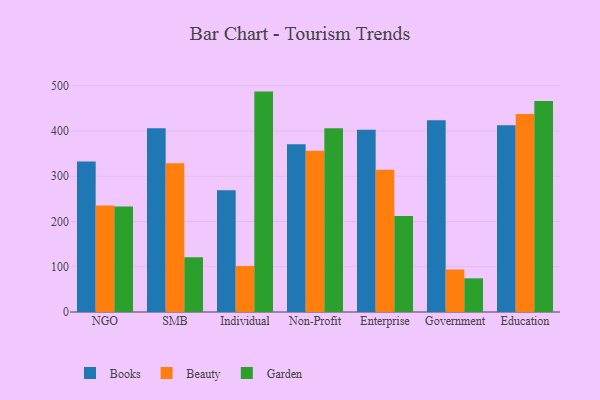
{"axis": {"x": "Segment", "y": "Bounce Rate (%)"}, "legend": ["Beauty", "Books", "Garden"], "data": [{"x": "NGO", "y": 332.8, "type": "Books"}, {"x": "NGO", "y": 235.5, "type": "Beauty"}, {"x": "NGO", "y": 233.4, "type": "Garden"}, {"x": "SMB", "y": 406.0, "type": "Books"}, {"x": "SMB", "y": 328.6, "type": "Beauty"}, {"x": "SMB", "y": 121.2, "type": "Garden"}, {"x": "Individual", "y": 269.0, "type": "Books"}, {"x": "Individual", "y": 101.7, "type": "Beauty"}, {"x": "Individual", "y": 487.1, "type": "Garden"}, {"x": "Non-Profit", "y": 370.9, "type": "Books"}, {"x": "Non-Profit", "y": 356.4, "type": "Beauty"}, {"x": "Non-Profit", "y": 406.3, "type": "Garden"}, {"x": "Enterprise", "y": 403.0, "type": "Books"}, {"x": "Enterprise", "y": 314.6, "type": "Beauty"}, {"x": "Enterprise", "y": 212.1, "type": "Garden"}, {"x": "Government", "y": 424.0, "type": "Books"}, {"x": "Government", "y": 93.9, "type": "Beauty"}, {"x": "Government", "y": 74.4, "type": "Garden"}, {"x": "Education", "y": 413.0, "type": "Books"}, {"x": "Education", "y": 437.7, "type": "Beauty"}, {"x": "Education", "y": 466.6, "type": "Garden"}]}